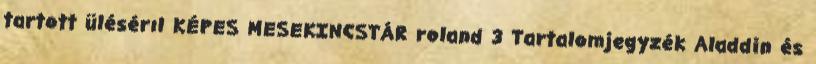
tartott ülésérıl KÉPES MESEKINCSTÁR roland 3 Tartalomjegyzék Aladdin és